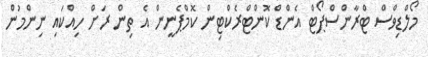
މޯލްޑިވްސް ޓްރާންސްޕޯޓް އެންޑް ކޮންޓްރެކްޓިން ކޮމްޕެނީން އެ ތިން ރަށް ހިއްކައި ނިންމުން